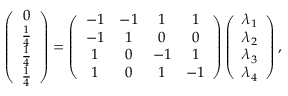
\left( \begin{array} { c } { 0 } \\ { \frac { 1 } { 4 } } \\ { \frac { 1 } { 4 } } \\ { \frac { 1 } { 4 } } \end{array} \right) = \left( \begin{array} { c c c c } { - 1 } & { - 1 } & { 1 } & { 1 } \\ { - 1 } & { 1 } & { 0 } & { 0 } \\ { 1 } & { 0 } & { - 1 } & { 1 } \\ { 1 } & { 0 } & { 1 } & { - 1 } \end{array} \right) \left( \begin{array} { c } { \lambda _ { 1 } } \\ { \lambda _ { 2 } } \\ { \lambda _ { 3 } } \\ { \lambda _ { 4 } } \end{array} \right) ,